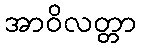
အာဝိလတ္တာ